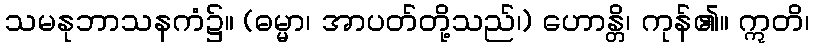
သမနုဘာသနကံ၌။ (ဓမ္မာ၊ အာပတ်တို့သည်၊) ဟောန္တိ၊ ကုန်၏။ ဣတိ၊